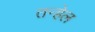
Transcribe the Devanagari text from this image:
तन्हेल